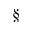
\S